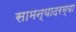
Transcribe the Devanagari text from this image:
सामन्यादरम्या